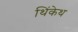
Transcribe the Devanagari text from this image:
थिंकेथ